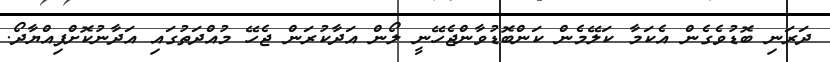
ދަރަނި ބޮޑުވެގެން އެކަމާ ކަލޭމެން ކަންބޮޑުވާންޖެހޭނީ ލޯން އަދާކުރަން ޖެހޭ މުއްދަތުގައި އަދާނުކޮށްފިއްޔާދޯ.